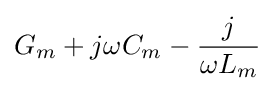
G_{m}+j\omega C_{m}-{\frac {j}{\omega L_{m}}}